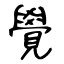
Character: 覺